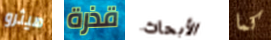
هيثرو قذرة الأبحاث كما